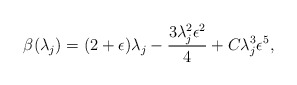
\begin{align*}\beta(\lambda_j) = (2+\epsilon) \lambda_j - \frac{3 \lambda_j^2\epsilon^2}{4} + C \lambda_j^3 \epsilon^5,\end{align*}